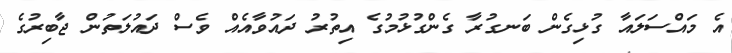
އެ މައްސަލައާ ގުޅިގެން ބަނގުރާ ގެންގުޅުމުގެ އިތުރު ދައުވާއެއް ވެސް ދައުލަތުން ޖާބިރުގެ